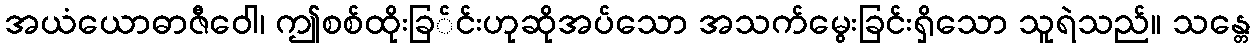
အယံယောဓာဇီဝေါ၊ ဤစစ်ထိုးခြ်င်းဟုဆိုအပ်သော အသက်မွေးခြင်းရှိသော သူရဲသည်။ သန္တေ